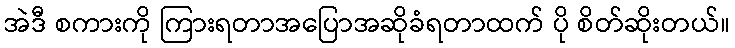
အဲဒီ စကားကို ကြားရတာအပြောအဆိုခံရတာထက် ပို စိတ်ဆိုးတယ်။